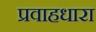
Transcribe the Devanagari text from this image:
प्रवाहधारा